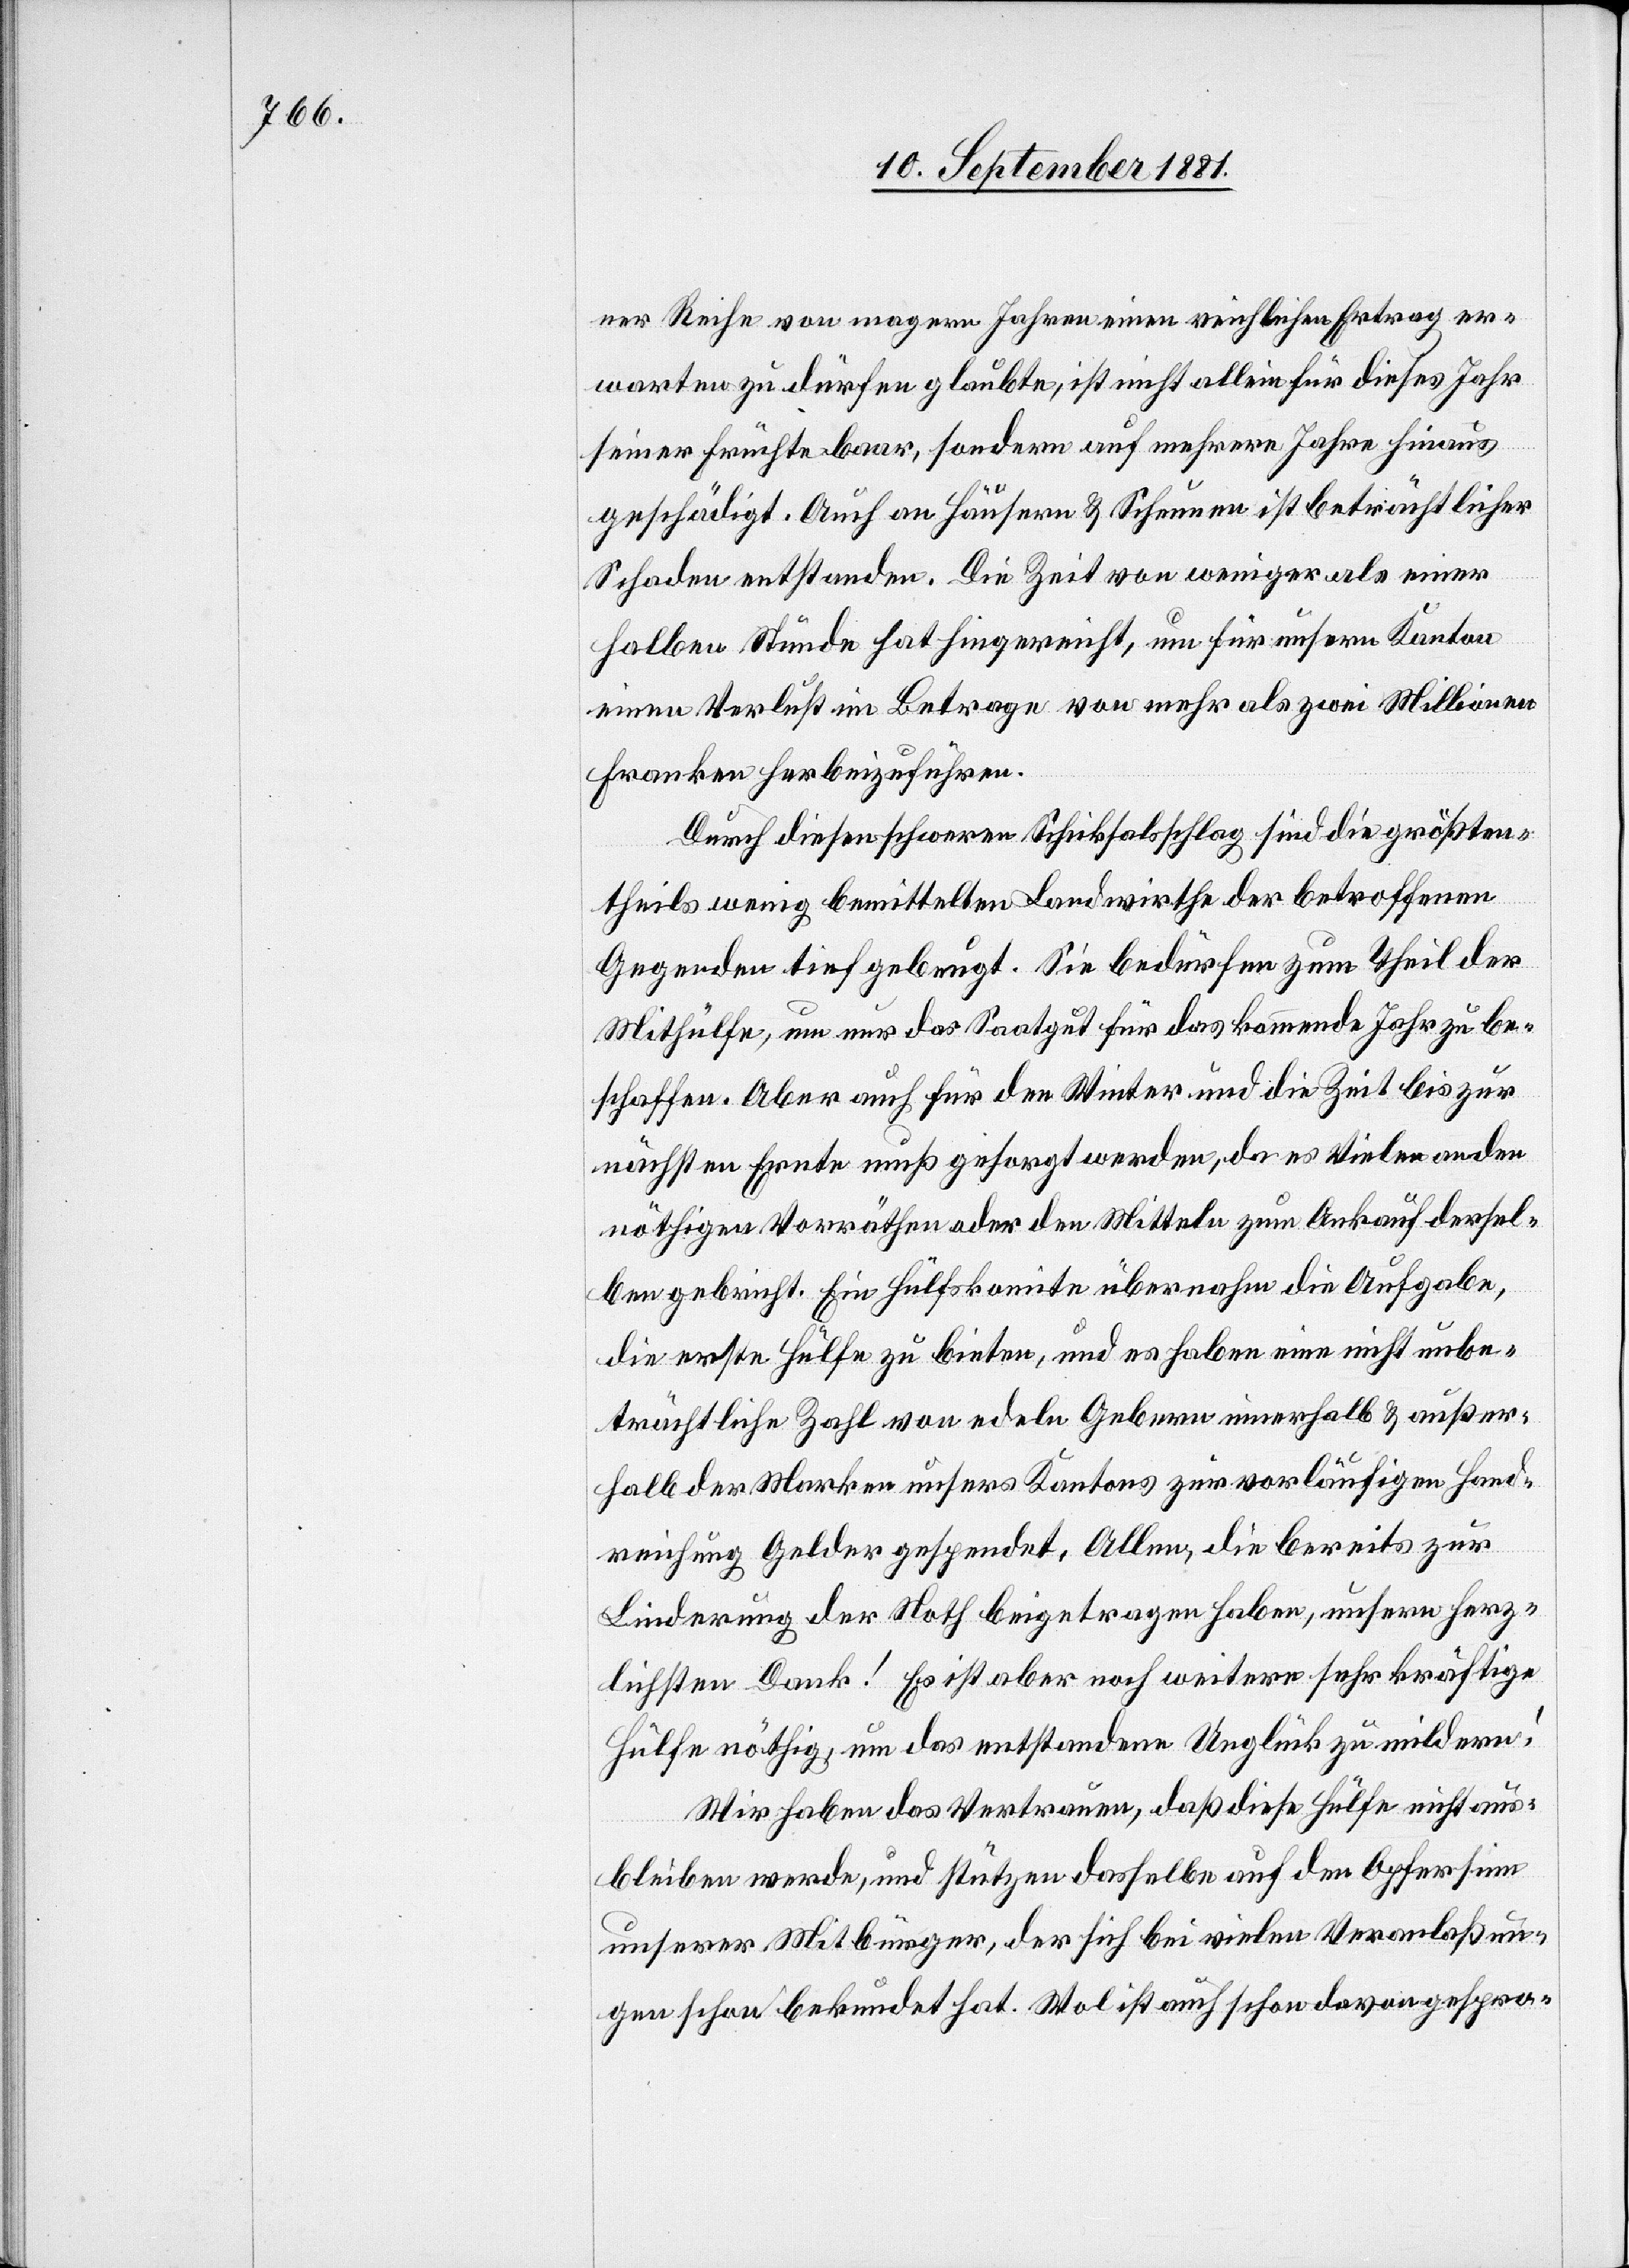
ner Reife von magern Jahren einen reichlichen Ertrag er¬
warten zu dürfen glaubte, ist nicht allein für dieses Jahr
seiner Früchte baar, sondern auf mehrere Jahre hinaus
geschädigt. Auch an Häusern & Scheinen ist beträchtlicher
Schaden entstanden. Die Zeit von weniger als einer
halben Stunde hat hingerichtet, um für unsern Kanton
einen Verlust im Betrage von mehr als zwei Millionen
Franken herbeizuführen.
Durch diesen schweren Schicksalsschlag sind die größten¬
theils wenig bemittelten Landwirthe der betroffenen
Gegenden tief gebeugt. Sie bedürfen zum Theil der
Mithülfe, um nur das Saatgut für das kommende Jahr zu be¬
schaffen. Aber auch für den Winter und die Zeit bis zur
nächsten Ernte muß gesorgt werden, da es Vielen an den
nöthigsten Vorräthen oder den Mitteln zum Ankauf dersel¬
ben gebricht. Ein Hülfskomite übernahm die Aufgabe,
die erste Hülfe zu bieten, und es haben eine nicht unbe¬
trächtliche Zahl von edeln Gebern innerhalb & außer¬
halb der Marken unsers Kantons zur vorläufigen Hand¬
reichung Gelder gespendet. Allen, die bereits zur
Linderung der Noth beigetragen haben, unsern herz¬
lichsten Dank! Es ist aber noch weitere sehr kräftige
Hülfe nöthig, um das entstandene Unglück zu mildern!
Wir haben das Vertrauen, daß diese Hülfe nicht aus¬
bleiben werde, und stützen dasselbe auf den Opfersinn
unserer Mitbürger, der sich bei vielen Veranlaßun¬
gen schon bekundet hat. Wol ist auch schon davon gespro-